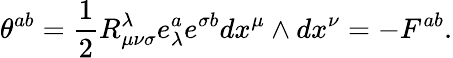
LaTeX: \theta^{ab}=\frac 12R_{\mu\nu\sigma}^{\lambda}e_{\lambda}^{a}e^{\sigma b}dx^{\mu}\wedge dx^{\nu}=-F^{ab}.